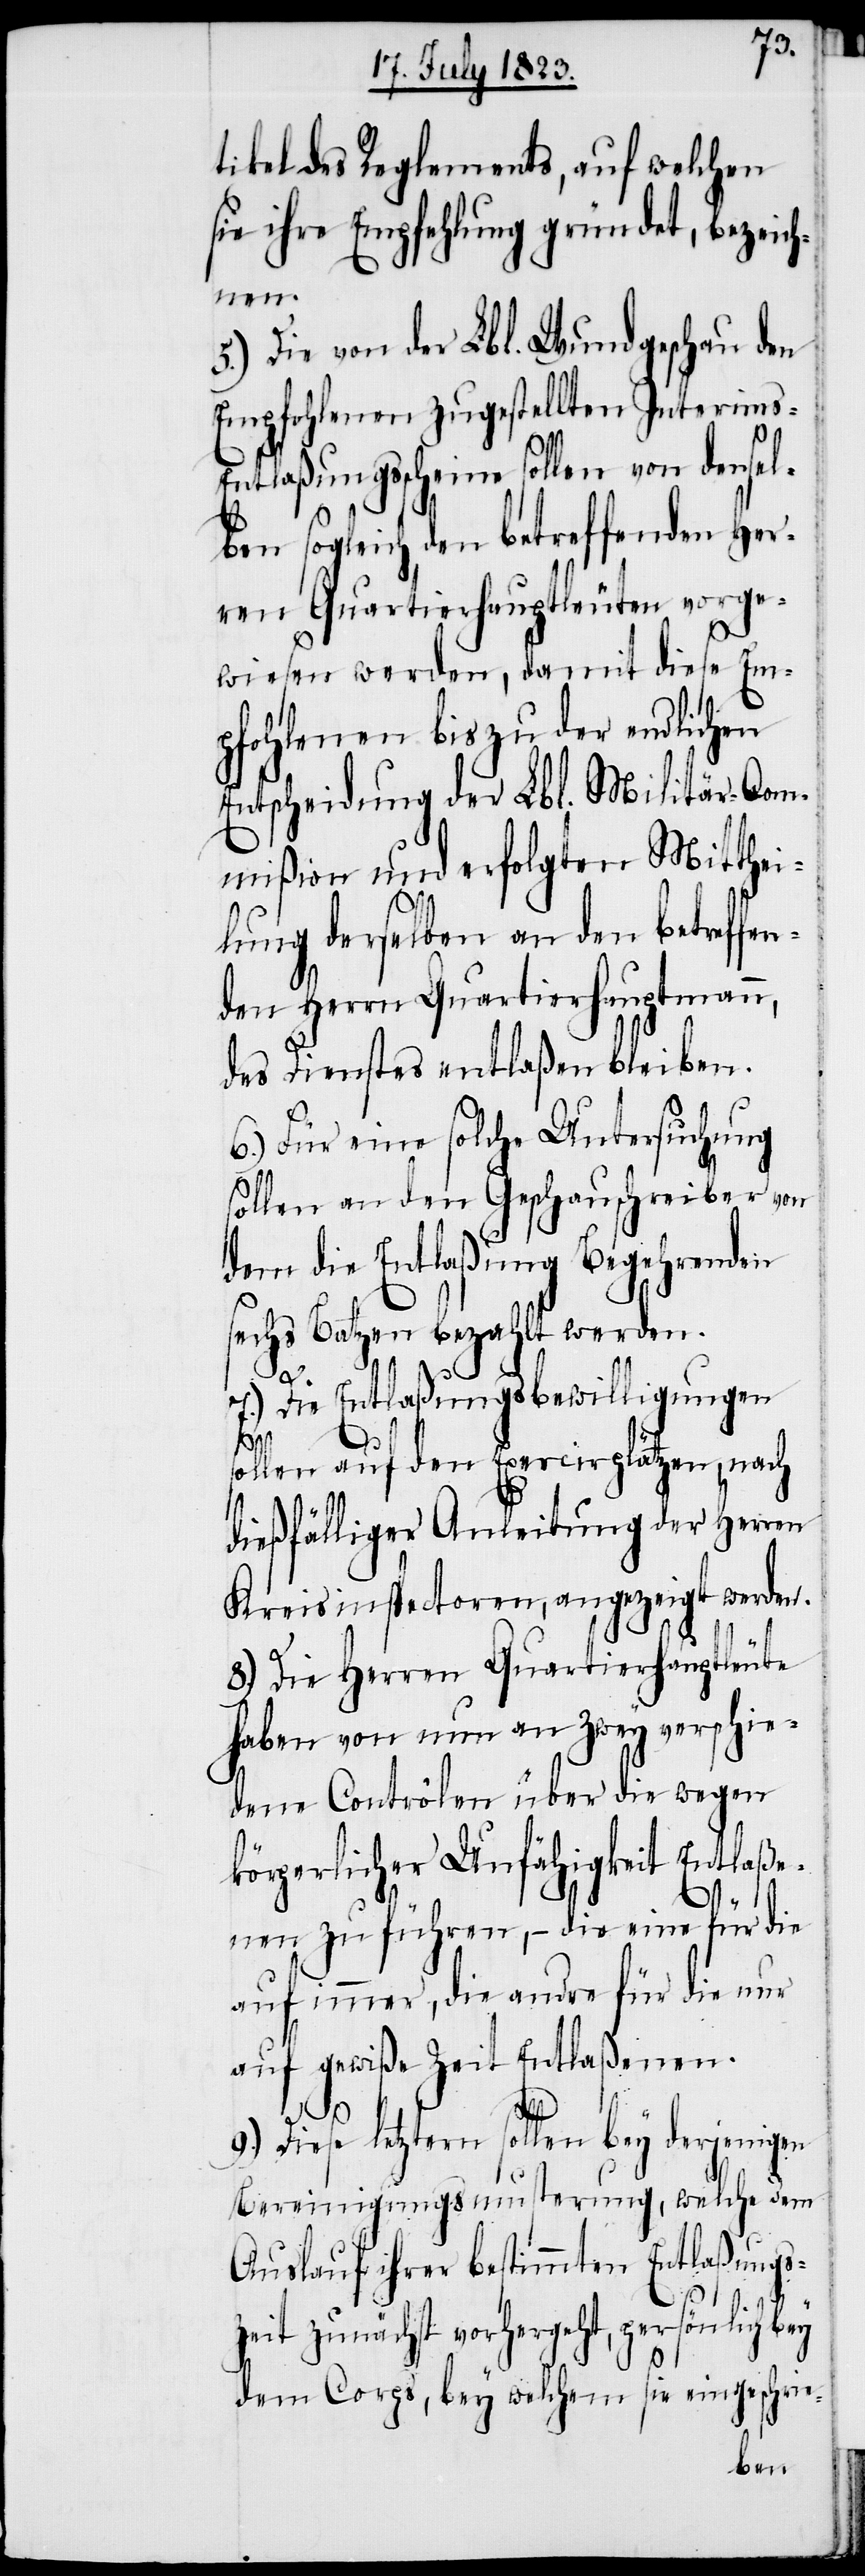
tikel des Reglements, auf welchen
sie ihre Empfehlung gründet, bezeich¬
nen.
5.) Die von der Lbl. Wundgeschau den
Empfohlenen zugestellten Interims-E¬
ntlaßungsscheine sollen von densel¬
ben sogleich den betreffenden Her¬
ren Quartierhauptleuten vorge¬
wiesen werden, damit diese Em¬
pfohlenen bis zu der endlichen
Entscheidung der Lbl. Militär-Com¬
mißion und erfolgten Mitthei¬
lung derselben an den betreffen¬
den Herrn Quartierhauptmann,
des Dienstes entlaßen bleiben.
6.) Für eine solche Untersuchung
sollen an den Geschauschreiber von
dem die Entlaßung Begehrenden
echs Batzen bezahlt werden.
7.) Die Entlaßungsbewilligungen
s¬
sollen auf den Exercirplätzen, nach
dießfälliger Anleitung der Herren
Kreisinspectoren, angezeigt werden.
8.) Die Herren Quartierhauptleute
haben von nun an zwey verschie¬
dene Contrôlen über die wegen
körperlicher Unfähigkeit Entlaße¬
nen zu führen, − die eine für die
auf immer, die andre für die nur
auf gewiße Zeit Entlaßenen.
Diese letztern sollen bey derjenigen
Bereinigungsmusterung, welche dem
Auslauf ihrer bestimmten Entlaßungs¬
zeit zunächst vorhergeht, persönlich bey
dem Corps, bey welchem sie eingeschrie-